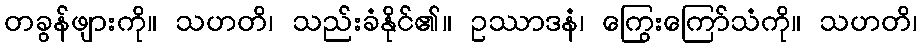
တခွန်ဖျားကို။ သဟတိ၊ သည်းခံနိုင်၏။ ဥဿာဒနံ၊ ကြွေးကြော်သံကို။ သဟတိ၊